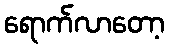
ရောက်လာတော့